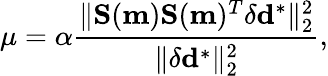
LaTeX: \mu=\alpha\frac{\| \mathbf{S}(\mathbf{m})\mathbf{S}(\mathbf{m})^{T}\delta\mathbf{d}^{*}\| _{2}^{2}}{\| \delta\mathbf{d}^{*}\| _{2}^{2}},